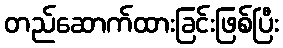
တည်ဆောက်ထားခြင်းဖြစ်ပြီး